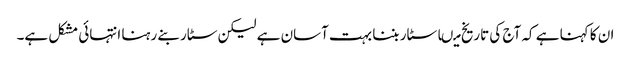
ان کا کہنا ہے کہ آج کی تاریخ میںا سٹار بننا بہت آسان ہے لیکن سٹار بنے رہنا انتہائی مشکل ہے۔